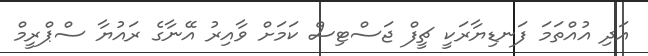
އަދި އުއްތަމަ ފަނޑިޔާރަކީ ޗީފް ޖަސްޓިސް ކަމަށް ވާއިރު އޭނާގެ ރައުޔާ ސްޕްރީމް